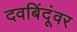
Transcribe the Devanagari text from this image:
दवबिंदूंवर